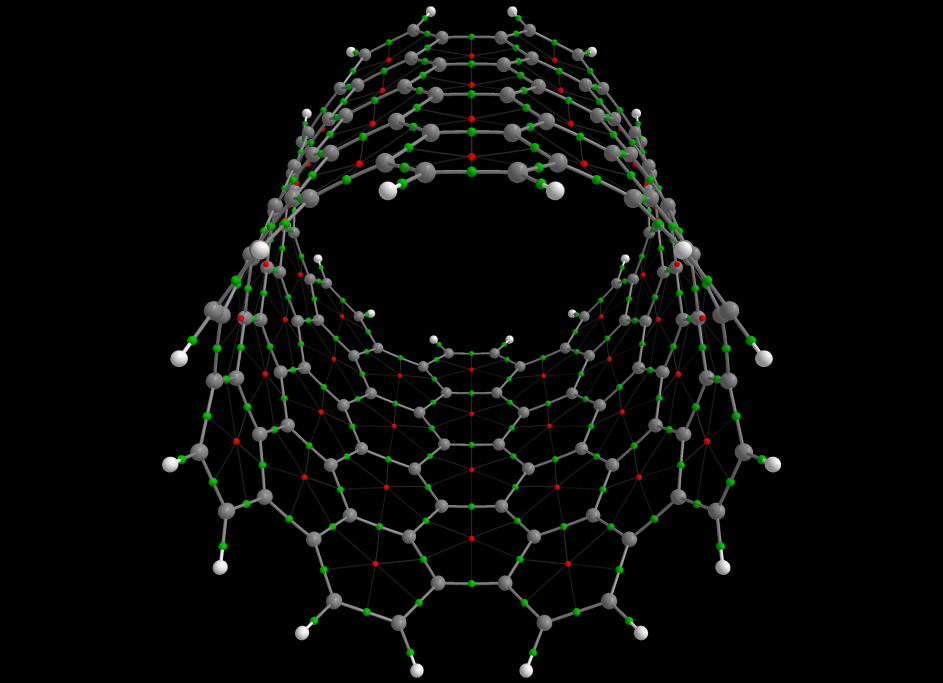
aimaii, QTAIM,critical points